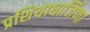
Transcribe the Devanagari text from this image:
प्रशियाधार्जिणा